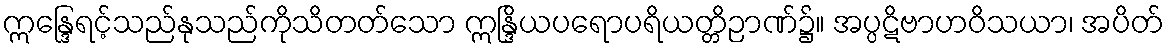
ဣန္ဒြေရင့်သည်နုသည်ကိုသိတတ်သော ဣန္ဒြိယပရောပရိယတ္တိဉာဏ်၌။ အပ္ပဋိဗာဟဝိသယာ၊ အပိတ်